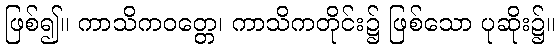
ဖြစ်၍။ ကာသိကဝတ္တေ၊ ကာသိကတိုင်း၌ ဖြစ်သော ပုဆိုး၌။